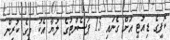
ކޮފީގެ ޑިއުޓީ އަށް ގެނައި 15 ޕަސެންޓުގެ ލުޔާ އެކު މީގެ ކުރިން